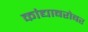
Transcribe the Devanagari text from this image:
कांद्याबरोबर